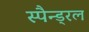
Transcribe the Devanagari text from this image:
स्पैन्ड्रल